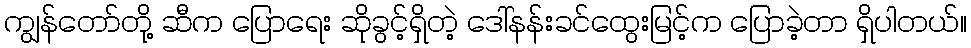
ကျွန်တော်တို့ ဆီက ပြောရေး ဆိုခွင့်ရှိတဲ့ ဒေါ်နန်းခင်ထွေးမြင့်က ပြောခဲ့တာ ရှိပါတယ်။